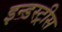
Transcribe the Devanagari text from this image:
इन्डस्ट्रीस